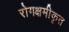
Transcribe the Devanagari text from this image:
रोगक्षमीकृत